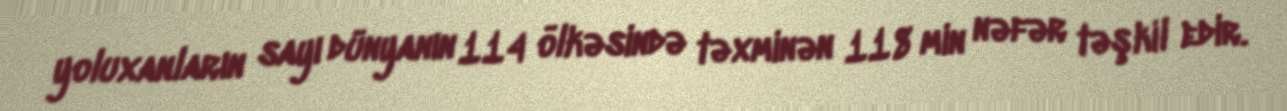
yoluxanların sayı dünyanın 114 ölkəsində təxminən 118 min nəfər təşkil edir.